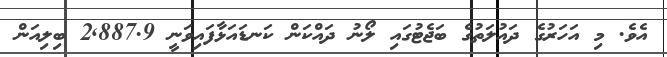
އެވެ. މި އަހަރުގެ ދައުލަތުގެ ބަޖެޓުގައި ލޯނު ދައްކަން ކަނޑައަޅާފައިވަނީ 2